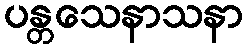
ပန္တသေနာသနာ